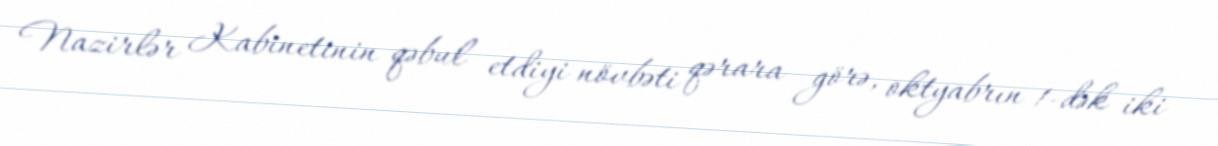
Nazirlər Kabinetinin qəbul etdiyi növbəti qərara görə, oktyabrın 1-dək iki